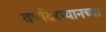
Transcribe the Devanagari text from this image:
वर्षांदरम्यानच्या